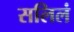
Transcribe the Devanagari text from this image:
सलिलं